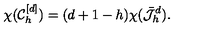
\chi ( \mathcal { C } _ { h } ^ { [ d ] } ) = ( d + 1 - h ) \chi ( \bar { \mathcal { J } } _ { h } ^ { d } ) .